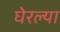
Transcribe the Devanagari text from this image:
घेरल्या